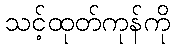
သင့်ထုတ်ကုန်ကို